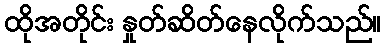
ထိုအတိုင်း နှုတ်ဆိတ်နေလိုက်သည်။